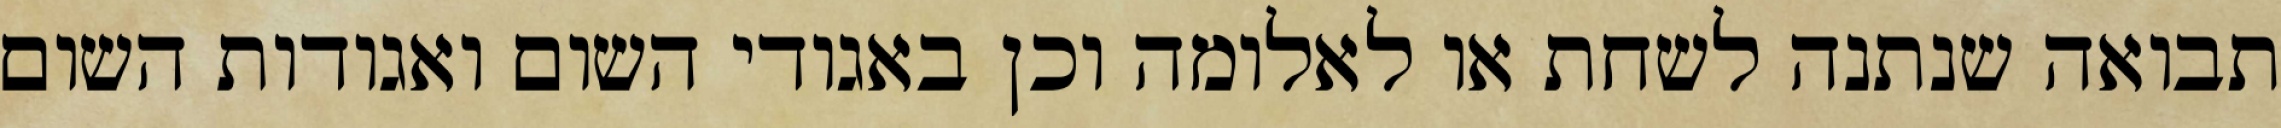
תבואה שנתנה לשחת או לאלומה וכן באגודי השום ואגודות השום